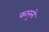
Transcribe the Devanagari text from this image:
कानुनो